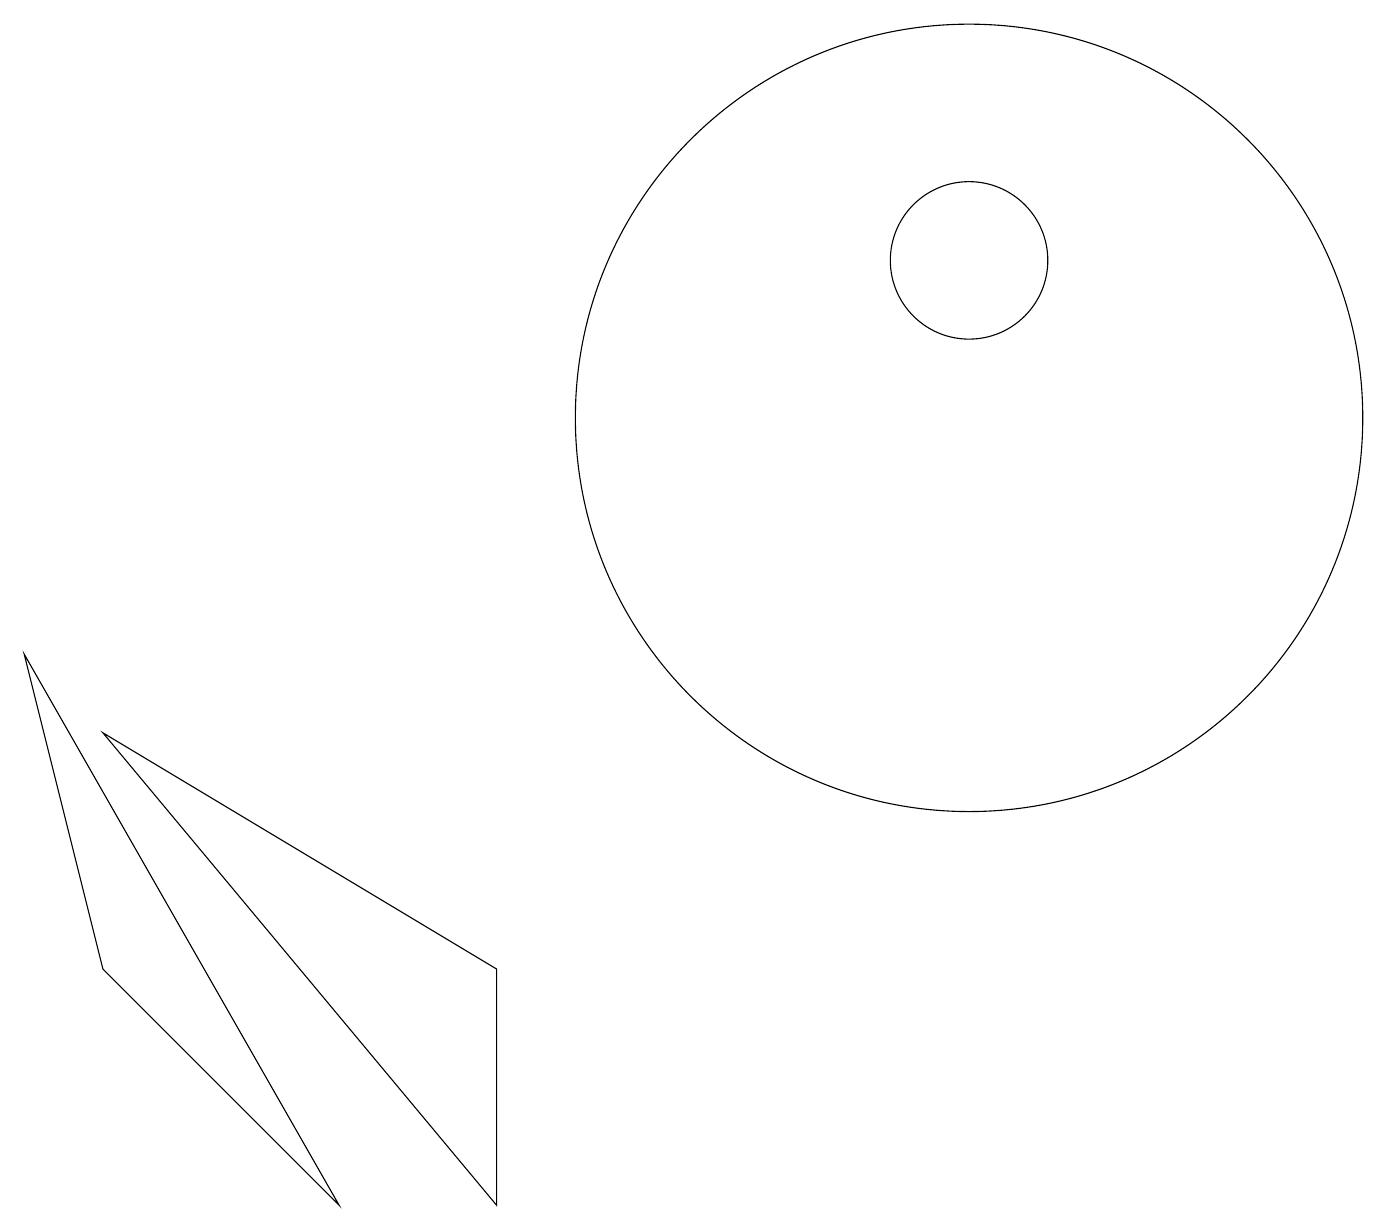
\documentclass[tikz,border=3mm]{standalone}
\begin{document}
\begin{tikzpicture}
\draw (12,10) circle (5);
\draw (4,0) -- (0,7) -- (1,3) -- cycle;
\draw (6,3) -- (6,0) -- (1,6) -- cycle;
\draw (12,12) circle (1);
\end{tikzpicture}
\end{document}